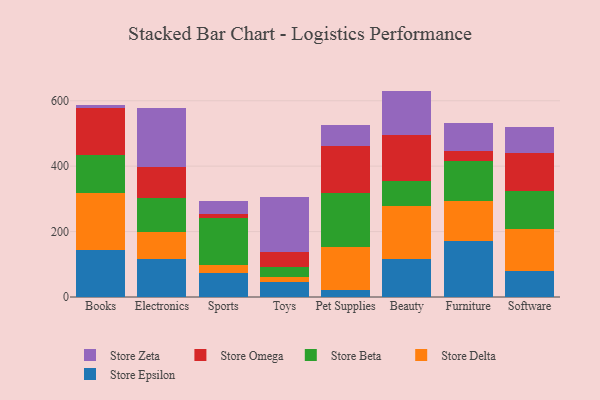
{"axis": {"x": "Category", "y": "Population (Million)"}, "legend": ["Store Beta", "Store Delta", "Store Epsilon", "Store Omega", "Store Zeta"], "data": [{"x": "Books", "y": 142.3, "type": "Store Epsilon"}, {"x": "Books", "y": 174.4, "type": "Store Delta"}, {"x": "Books", "y": 116.1, "type": "Store Beta"}, {"x": "Books", "y": 146.6, "type": "Store Omega"}, {"x": "Books", "y": 8.7, "type": "Store Zeta"}, {"x": "Electronics", "y": 115.2, "type": "Store Epsilon"}, {"x": "Electronics", "y": 83.8, "type": "Store Delta"}, {"x": "Electronics", "y": 104.9, "type": "Store Beta"}, {"x": "Electronics", "y": 94.8, "type": "Store Omega"}, {"x": "Electronics", "y": 178.4, "type": "Store Zeta"}, {"x": "Sports", "y": 74.9, "type": "Store Epsilon"}, {"x": "Sports", "y": 24.4, "type": "Store Delta"}, {"x": "Sports", "y": 142.5, "type": "Store Beta"}, {"x": "Sports", "y": 12.1, "type": "Store Omega"}, {"x": "Sports", "y": 38.9, "type": "Store Zeta"}, {"x": "Toys", "y": 46.7, "type": "Store Epsilon"}, {"x": "Toys", "y": 14.4, "type": "Store Delta"}, {"x": "Toys", "y": 30.5, "type": "Store Beta"}, {"x": "Toys", "y": 45.3, "type": "Store Omega"}, {"x": "Toys", "y": 169.8, "type": "Store Zeta"}, {"x": "Pet Supplies", "y": 22.0, "type": "Store Epsilon"}, {"x": "Pet Supplies", "y": 132.1, "type": "Store Delta"}, {"x": "Pet Supplies", "y": 163.6, "type": "Store Beta"}, {"x": "Pet Supplies", "y": 144.7, "type": "Store Omega"}, {"x": "Pet Supplies", "y": 63.4, "type": "Store Zeta"}, {"x": "Beauty", "y": 117.5, "type": "Store Epsilon"}, {"x": "Beauty", "y": 161.6, "type": "Store Delta"}, {"x": "Beauty", "y": 75.2, "type": "Store Beta"}, {"x": "Beauty", "y": 141.3, "type": "Store Omega"}, {"x": "Beauty", "y": 134.7, "type": "Store Zeta"}, {"x": "Furniture", "y": 170.5, "type": "Store Epsilon"}, {"x": "Furniture", "y": 123.1, "type": "Store Delta"}, {"x": "Furniture", "y": 123.7, "type": "Store Beta"}, {"x": "Furniture", "y": 28.4, "type": "Store Omega"}, {"x": "Furniture", "y": 85.4, "type": "Store Zeta"}, {"x": "Software", "y": 80.2, "type": "Store Epsilon"}, {"x": "Software", "y": 127.4, "type": "Store Delta"}, {"x": "Software", "y": 117.7, "type": "Store Beta"}, {"x": "Software", "y": 116.3, "type": "Store Omega"}, {"x": "Software", "y": 78.9, "type": "Store Zeta"}]}